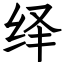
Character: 绎